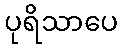
ပုရိသာပေ